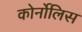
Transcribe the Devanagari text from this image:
कोर्नोलिस